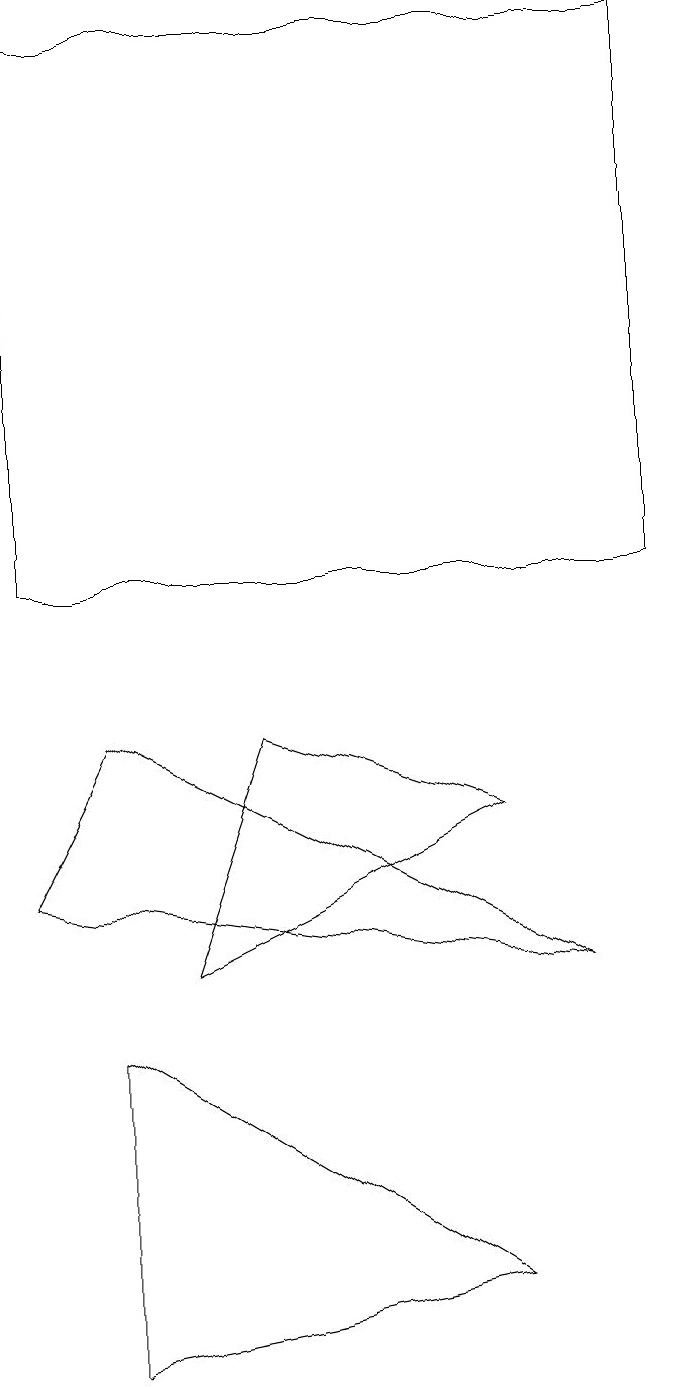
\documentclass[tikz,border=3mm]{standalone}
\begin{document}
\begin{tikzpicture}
\draw (2,5) -- (7,2) -- (2,1) -- cycle;
\draw (2,9) -- (8,6) -- (1,7) -- cycle;
\draw (7,8) -- (3,6) -- (4,9) -- cycle;
\draw (1,11) rectangle (9,18);
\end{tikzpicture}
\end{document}